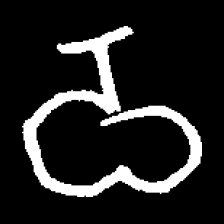
Pyu character \u2014 Myanmar letter: ဝ (romanized: wa)